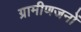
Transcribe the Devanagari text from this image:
ग्रामीणजनों